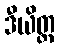
ဒီယိတ္ထ